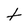
Character: t